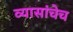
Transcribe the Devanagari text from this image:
व्यासांचेच